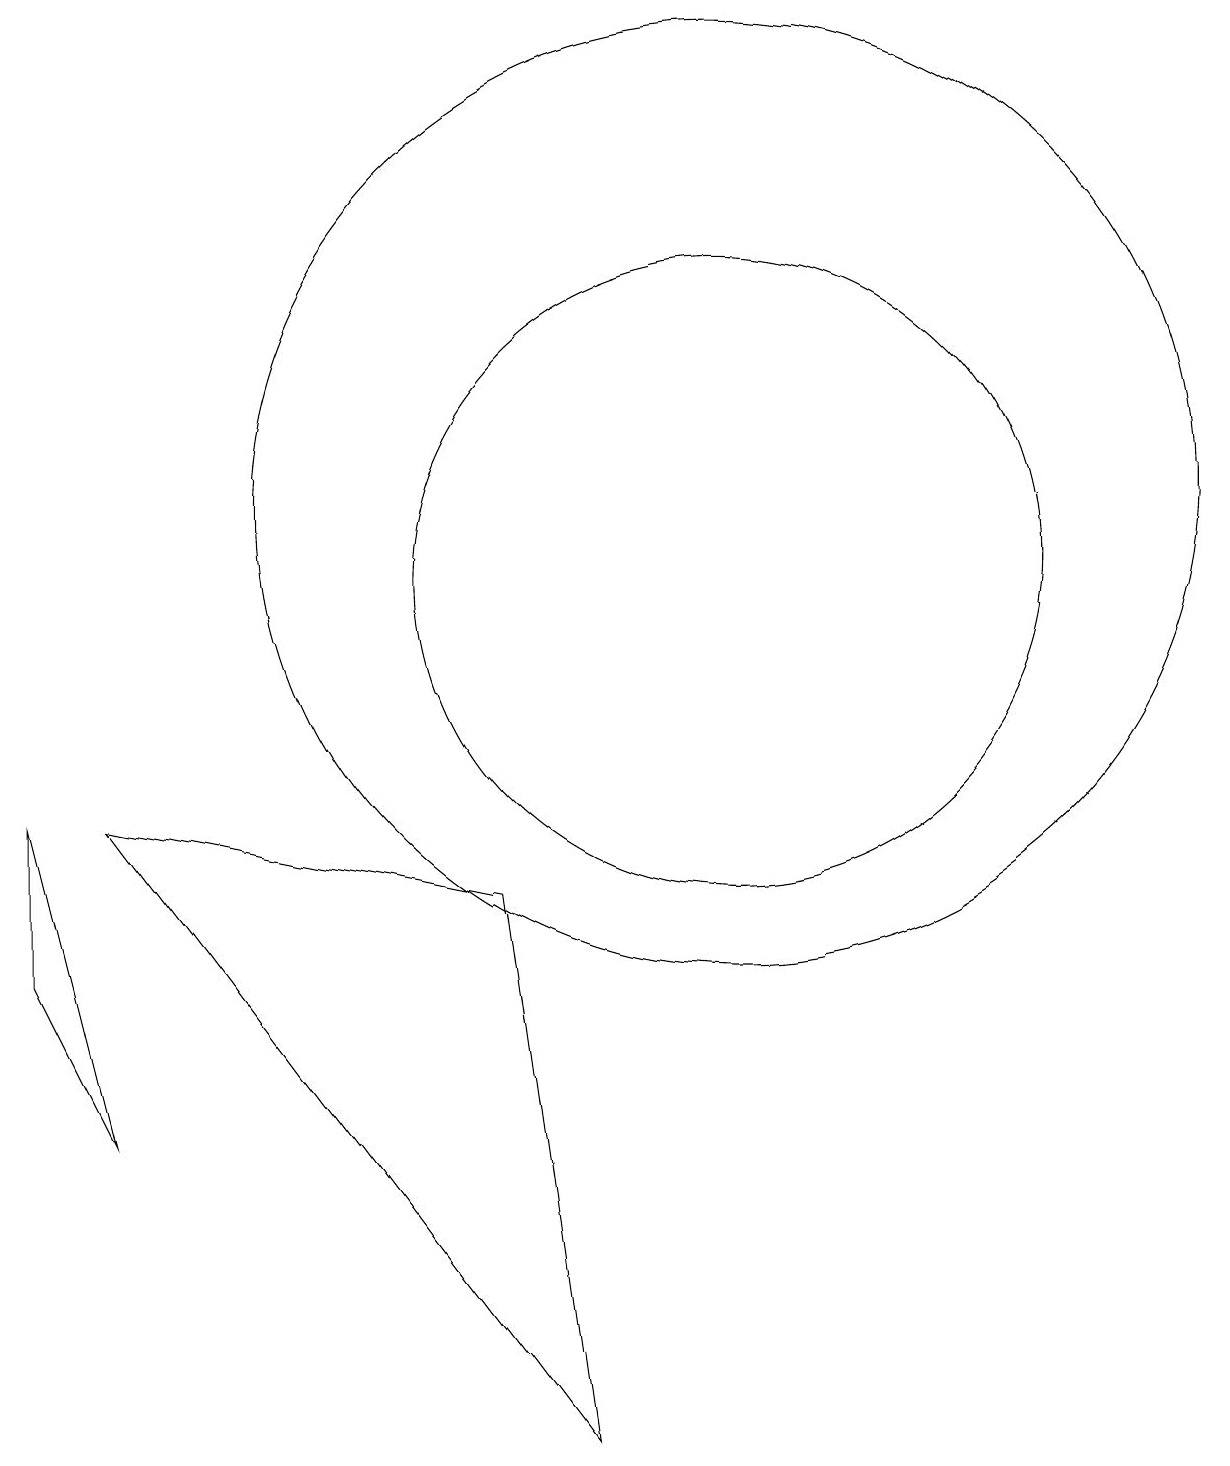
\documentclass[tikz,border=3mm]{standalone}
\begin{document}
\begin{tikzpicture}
\draw (10,12) circle (6);
\draw (1,8) -- (2,4) -- (1,6) -- cycle;
\draw (8,0) -- (7,7) -- (2,8) -- cycle;
\draw (10,11) circle (4);
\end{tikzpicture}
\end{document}